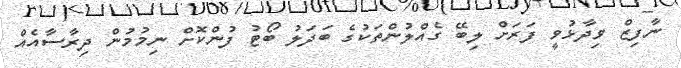
ނާފިޒް ވިދާޅުވީ ފަރަށް ލިބޭ ގެއްލުންތަކުގެ ބަދަލު ބޯޓު ފުންކޮށް ނިމުމުން ދިރާސާއެއް